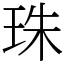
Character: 珠